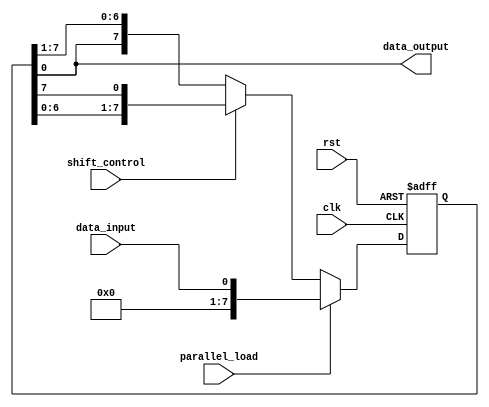
module Universal_Shift_Register(
    input wire clk,             //clock input
    input wire rst,             //reset signal
    input wire shift_control,   //shift control signal
    input wire parallel_load,   //parallel load signal
    input wire data_input,      //input data
    output wire data_output     //output data
);

reg [7:0] shift_register;       //8-bit shift register

always @(posedge clk or posedge rst) begin
    if(rst) begin
        shift_register <= 8'b0;     //reset the shift register to all zeros
    end else begin
        if(parallel_load) begin
            shift_register <= data_input;     //load data directly into shift register
        end else begin
            if(shift_control) begin
                shift_register <= {shift_register[6:0], shift_register[7]};   //shift data right
            end else begin
                shift_register <= {shift_register[0], shift_register[7:1]};   //shift data left
            end
        end
    end
end

assign data_output = shift_register;   //output data is the current content of the shift register

endmodule